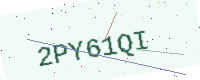
Text: 2PY61QI